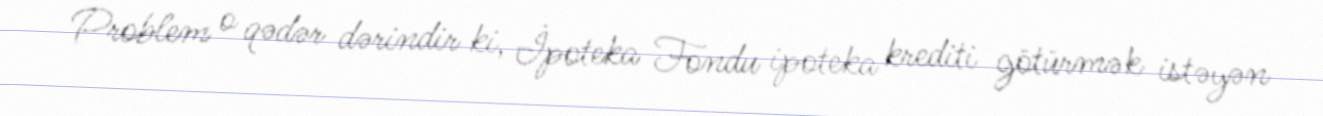
Problem o qədər dərindir ki, İpoteka Fondu ipoteka krediti götürmək istəyən